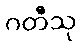
ဂတီသု